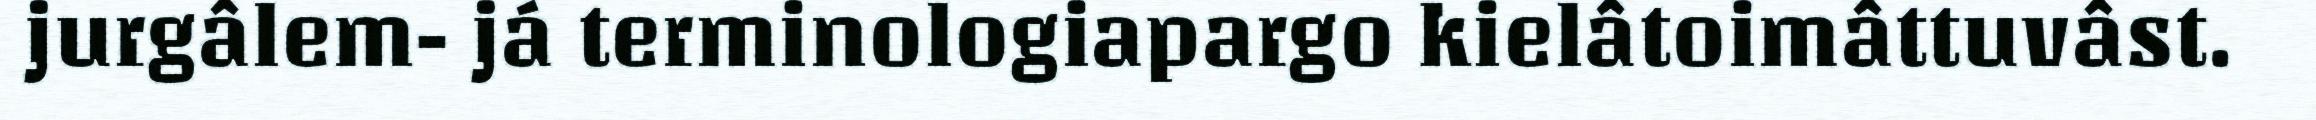
jurgâlem- já terminologiapargo kielâtoimâttuvâst.